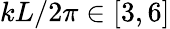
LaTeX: kL/2\pi\in[3,6]